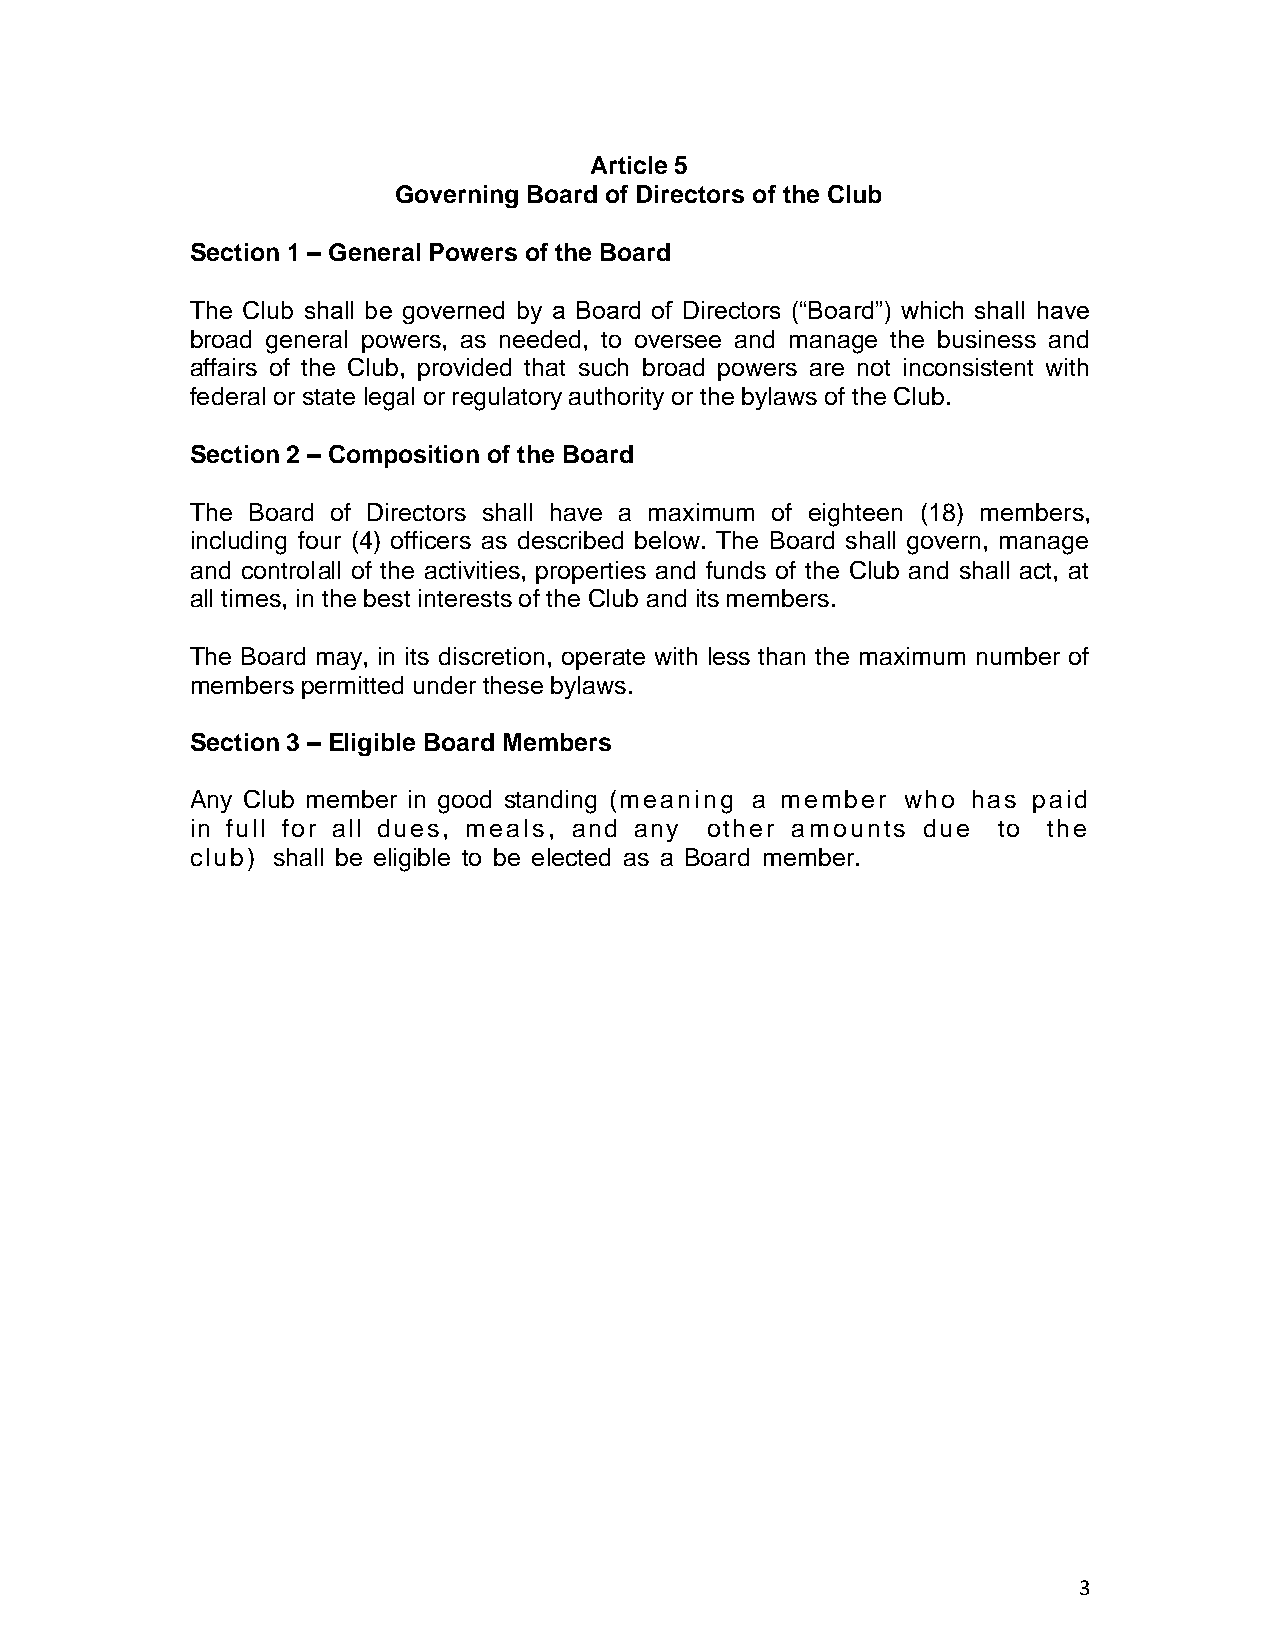
Article 5
 Governing Board of Directors of the Club
 Section 1 – General Powers of the Board
 The Club shall be governed by a Board of Directors (“Board”) which shall have
 broad general powers, as needed, to oversee and manage the business and
 affairs of the Club, provided that such broad powers are not inconsistent with
 federal or state legal or regulatory authority or the bylaws of the Club.
 Section 2 – Composition of the Board
 The Board of Directors shall have a maximum of eighteen (18) members,
 including four (4) officers as described below. The Board shall govern, manage
 and control all of the activities, properties and funds of the Club and shall act, at
 all times, in the best interests of the Club and its members.
 The Board may, in its discretion, operate with less than the maximum number of
 members permitted under these bylaws.
 Section 3 – Eligible Board Members
 Any Club member in good standing (meaning a member who has paid
 in full for all dues, meals, and any other amounts due to the
 club) shall be eligible to be elected as a Board member.
 3